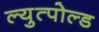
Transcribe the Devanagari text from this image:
ल्युत्पोल्ड